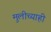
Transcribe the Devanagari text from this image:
मुलीच्याही